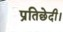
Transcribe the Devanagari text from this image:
प्रतिछेदी।